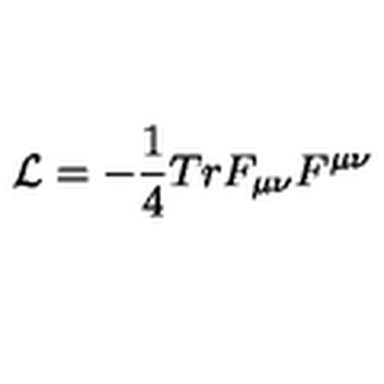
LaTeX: { \cal L } = - { \frac { 1 } { 4 } } T r F _ { \mu \nu } F ^ { \mu \nu }